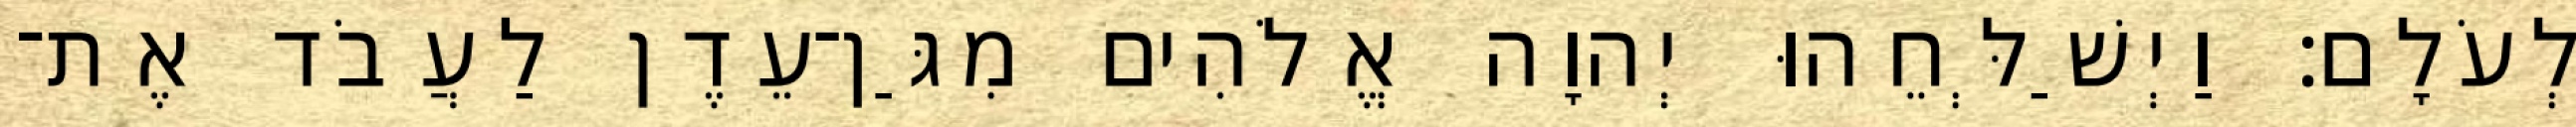
לְעֹלָם׃ וַיְשַׁלְּחֵהוּ יְהוָה אֱלֹהִים מִגַּן־עֵדֶן לַעֲבֹד אֶת־